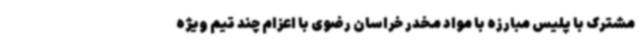
مشترک با پلیس مبارزه با مواد مخدر خراسان رضوی با اعزام چند تیم ویژه